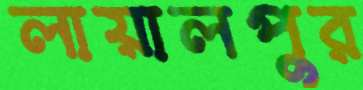
লায়ালপুর